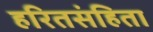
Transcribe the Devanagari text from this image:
हरितसंहिता